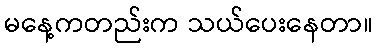
မနေ့ကတည်းက သယ်ပေးနေတာ။